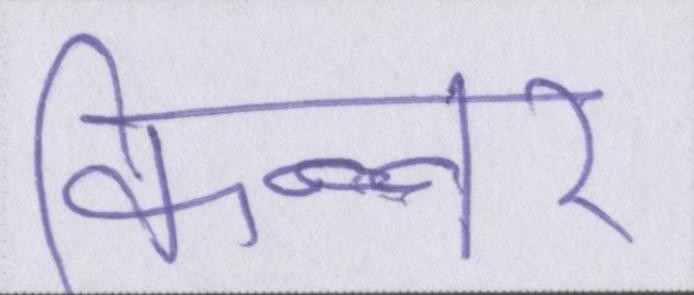
किन्नर